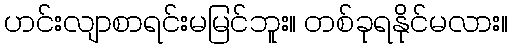
ဟင်းလျာစာရင်းမမြင်ဘူး။ တစ်ခုရနိုင်မလား။